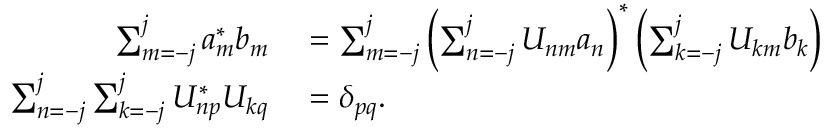
\begin{array} { r l } { \sum _ { m = - j } ^ { j } a _ { m } ^ { * } b _ { m } } & { { } = \sum _ { m = - j } ^ { j } \left( \sum _ { n = - j } ^ { j } U _ { n m } a _ { n } \right) ^ { * } \left( \sum _ { k = - j } ^ { j } U _ { k m } b _ { k } \right) } \\ { \sum _ { n = - j } ^ { j } \sum _ { k = - j } ^ { j } U _ { n p } ^ { * } U _ { k q } } & { { } = \delta _ { p q } . } \end{array}